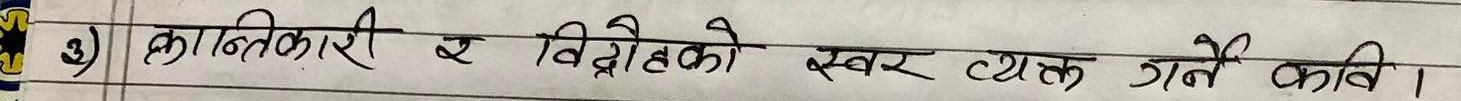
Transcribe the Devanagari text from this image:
३) क्रान्तिकारी र विद्रोहको स्वर व्यक्त गर्ने कवि।